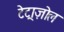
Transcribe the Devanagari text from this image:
टेट्राज़ोल